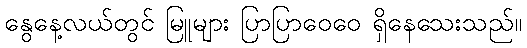
နွေနေ့လယ်တွင် မြူများ ပြာပြာဝေဝေ ရှိနေသေးသည်။